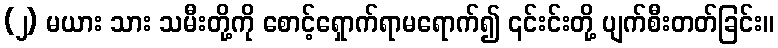
(၂) မယား သား သမီးတို့ကို စောင့်ရှောက်ရာမရောက်၍ ၎င်းင်းတို့ ပျက်စီးတတ်ခြင်း။